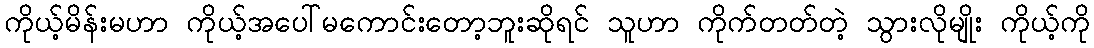
ကိုယ့်မိန်းမဟာ ကိုယ့်အပေါ်မကောင်းတော့ဘူးဆိုရင် သူဟာ ကိုက်တတ်တဲ့ သွားလိုမျိုး ကိုယ့်ကို